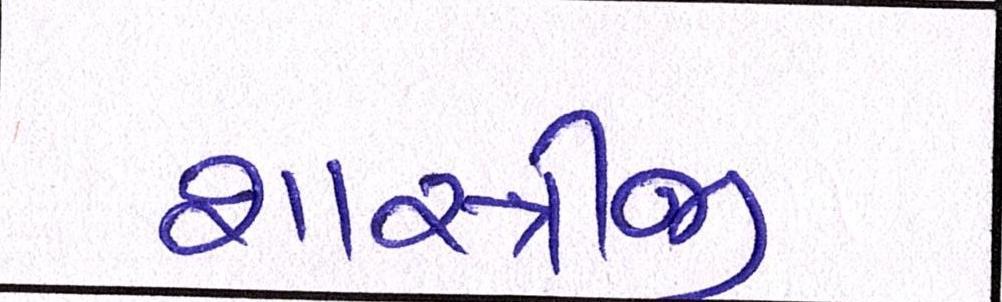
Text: શાસ્ત્રીજી